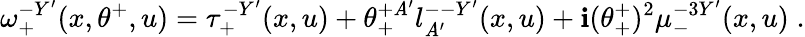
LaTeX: \omega_{+}^{-Y^{\prime}}(x,\theta^{+},u)=\tau_{+}^{-Y^{\prime}}(x,u)+\theta_{+}^{+\mathit{A}^{\prime}}l_{\mathit{A}^{\prime}}^{--Y^{\prime}}(x,u)+\mathbf{i}(\theta_{+}^{+})^{2}\mu_{-}^{-3Y^{\prime}}(x,u)\; .